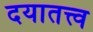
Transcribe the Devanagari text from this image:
दयातत्त्व